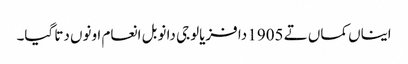
ایناں کماں تے 1905 دا فزیالوجی دا نوبل انعام اونوں دتا گیا۔